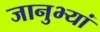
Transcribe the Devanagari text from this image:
जानुभ्यां